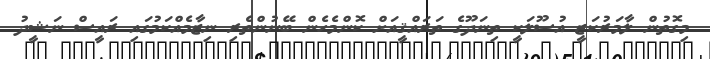
މިގޮތުން ލާމަރުކަޒީ އުސޫލަކީ ތިނަދޫގެ ތަރައްޤީއަށް ކޮންމެހެން ބޭނުންތެރި ނިޒާމެއްކަމުގައި ރައީސް ނަޝީދު